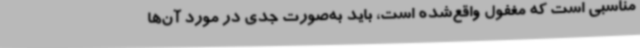
مناسبی است که مغفول واقع‌شده است، باید به‌صورت جدی در مورد آن‌ها